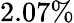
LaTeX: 2.07\%